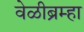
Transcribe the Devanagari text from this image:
वेळीब्रम्हा